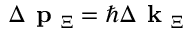
\Delta \textbf { p } _ { \Xi } = \hbar \Delta \textbf { k } _ { \Xi }